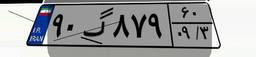
۹۰گ۸۷۹۶۰